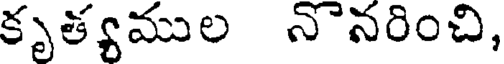
కృత్యముల నొనరించి,